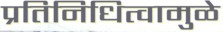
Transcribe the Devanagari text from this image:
प्रतिनिधित्वामुळे